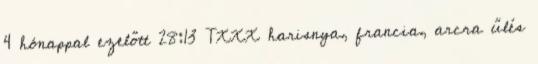
4 hónappal ezelőtt 28:13 TXXX harisnya, francia, arcra űlés